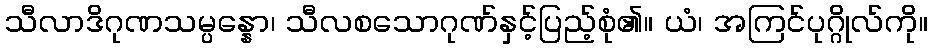
သီလာဒိဂုဏသမ္ပန္နော၊ သီလစသောဂုဏ်နှင့်ပြည့်စုံ၏။ ယံ၊ အကြင်ပုဂ္ဂိုလ်ကို။